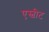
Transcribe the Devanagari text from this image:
एस्चीट